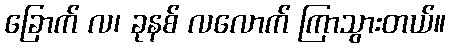
ခြောက် လ၊ ခုနစ် လလောက် ကြာသွားတယ်။